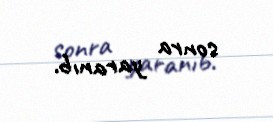
sonra yaranıb.